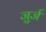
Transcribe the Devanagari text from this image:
जुर्ज